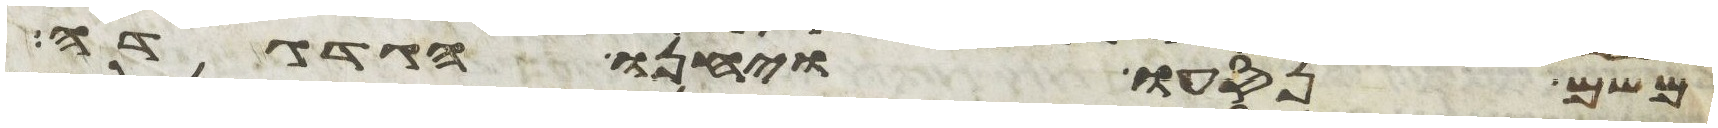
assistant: משם נסעו ויחנו הגדגדה